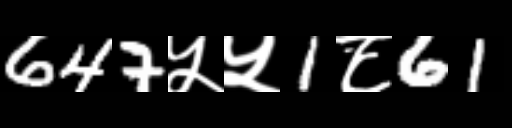
Text: 647५५1८61